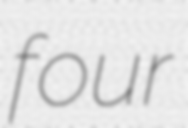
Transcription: four